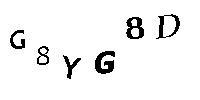
G8YG8D